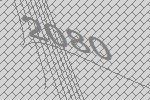
2080